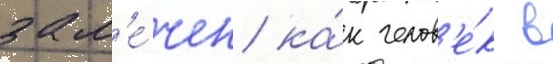
зам'е́чен ка́к челов'е́к в